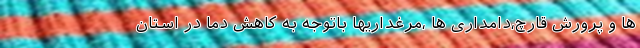
ها و پرورش قارچ،دامداری ها ،مرغداریها باتوجه به کاهش دما در استان